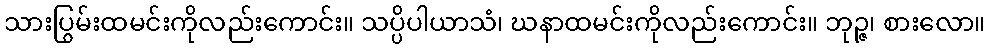
သားပြွမ်းထမင်းကိုလည်းကောင်း။ သပ္ပိပါယာသံ၊ ဃနာထမင်းကိုလည်းကောင်း။ ဘုဉ္ဇ၊ စားလော။